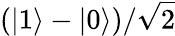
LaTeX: (|1\rangle-|0\rangle)/{\sqrt{2}}